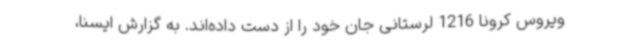
ویروس کرونا 1216 لرستانی جان خود را از دست داده‌اند. به گزارش ایسنا،